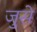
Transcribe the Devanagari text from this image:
जुसे